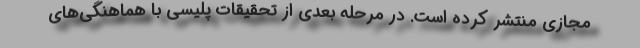
مجازی منتشر کرده است. در مرحله بعدی از تحقیقات پلیسی با هماهنگی‌های